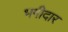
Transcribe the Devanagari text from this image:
भगीदार